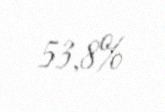
53,8%